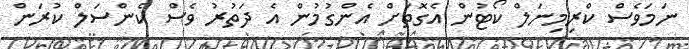
ނަމަވެސް ކްރިމިނަލް ކޯޓުން އެގޮތަށް އެންގުމުން އެ ދަތުރު ވެސް ކެންސަލް ކުރަން